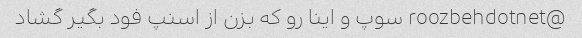
@roozbehdotnet سوپ و اینا رو که بزن از اسنپ فود بگیر گشاد